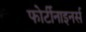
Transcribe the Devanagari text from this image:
फोर्टीनाइनर्स